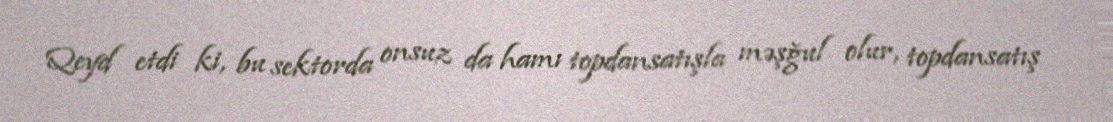
Qeyd etdi ki, bu sektorda onsuz da hamı topdansatışla məşğul olur, topdansatış